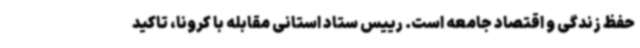
حفظ زندگی و اقتصاد جامعه است. رییس ستاد استانی مقابله با کرونا، تاکید